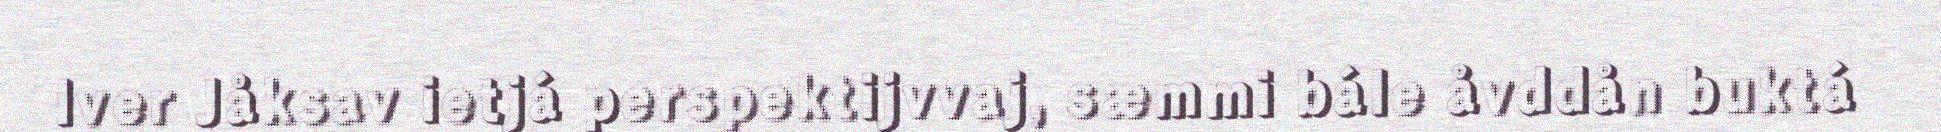
Iver Jåksav ietjá perspektijvvaj, sæmmi bále åvddån buktá